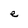
Character: e